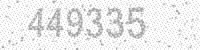
Solution: 449335